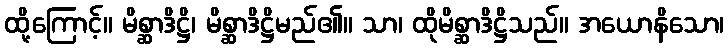
ထို့ကြောင့်။ မိစ္ဆာဒိဋ္ဌိ၊ မိစ္ဆာဒိဋ္ဌိမည်၏။ သာ၊ ထိုမိစ္ဆာဒိဋ္ဌိသည်။ အယောနိသော၊